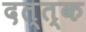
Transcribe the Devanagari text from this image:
दत्त्क